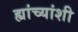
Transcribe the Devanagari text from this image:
ह्यांच्यांशी